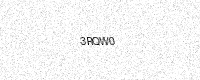
Text: 3RQW0